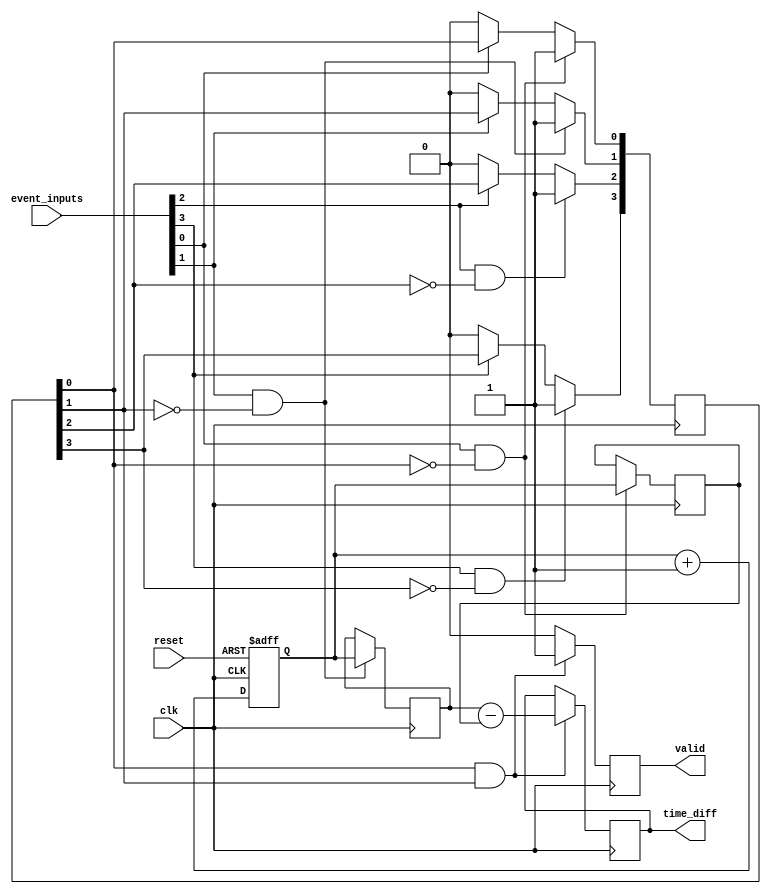
module TDC #(
    parameter NUM_INPUTS = 4,   // Number of input channels
    parameter MEM_SIZE = 16      // Size of the timestamp memory
)(
    input wire clk,              // Clock signal
    input wire reset,            // Reset signal
    input wire [NUM_INPUTS-1:0] event_inputs,  // Event input channels
    output reg [31:0] time_diff, // Output time difference
    output reg valid             // Output valid signal
);

    reg [31:0] time_counter;                     // Time counter
    reg [31:0] timestamps [0:NUM_INPUTS-1];     // Timestamp memory for each input
    reg [NUM_INPUTS-1:0] event_detected;        // Event detection flags
    integer i;

    // Increment time counter on each clock cycle
    always @(posedge clk or posedge reset) begin
        if (reset) begin
            time_counter <= 32'b0;
        end else begin
            time_counter <= time_counter + 1;
        end
    end

    // Detect rising edges and store timestamps
    always @(posedge clk) begin
        for (i = 0; i < NUM_INPUTS; i = i + 1) begin
            if (event_inputs[i] && !event_detected[i]) begin
                timestamps[i] <= time_counter; // Store timestamp on rising edge
                event_detected[i] <= 1'b1;      // Set event detected flag
            end else if (!event_inputs[i]) begin
                event_detected[i] <= 1'b0;      // Clear event detected flag on falling edge
            end
        end
    end

    // Calculate time difference between the first two inputs as an example
    always @(posedge clk) begin
        if (event_detected[0] && event_detected[1]) begin
            time_diff <= timestamps[1] - timestamps[0]; // Time difference calculation
            valid <= 1'b1; // Set valid signal when time diff is calculated
        end else begin
            valid <= 1'b0; // Clear valid signal otherwise
        end
    end

endmodule